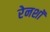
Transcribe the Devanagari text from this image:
रेनशॉ